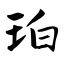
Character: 珀